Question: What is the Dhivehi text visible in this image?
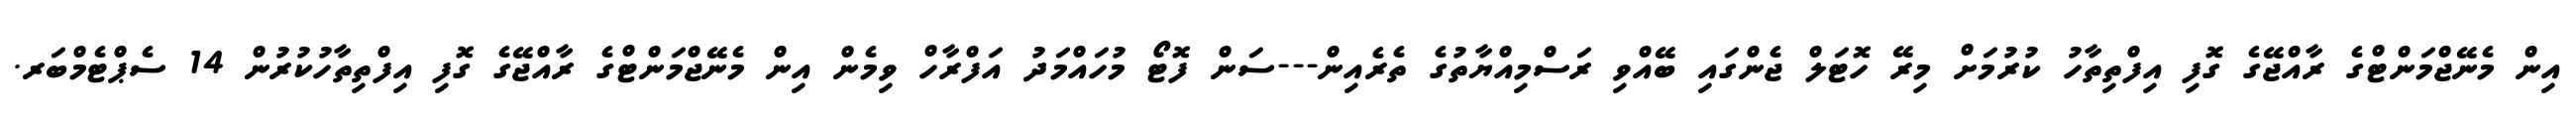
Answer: އިން މެނޭޖްމަންޓްގެ ރާއްޖޭގެ ގޮފި އިފްތިތާހު ކުރުމަށް މިރޭ ހޮޓަލް ޖެންގައި ބޭއްވި ރަސްމިއްޔާތުގެ ތެރެއިން---ސަން ފޮޓޯ މުހައްމަދު އަފްރާހް ވިމެން އިން މެނޭޖްމަންޓްގެ ރާއްޖޭގެ ގޮފި އިފްތިތާހުކުރުން 14 ސެޕްޓެމްބަރ.